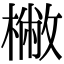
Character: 𣘮